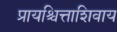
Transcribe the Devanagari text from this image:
प्रायश्चित्ताशिवाय